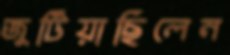
জুটিয়াছিলেন